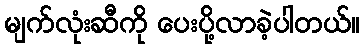
မျက်လုံးဆီကို ပေးပို့လာခဲ့ပါတယ်။